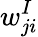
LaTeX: w_{ji}^{I}